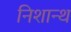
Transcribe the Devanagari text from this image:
निशान्थ